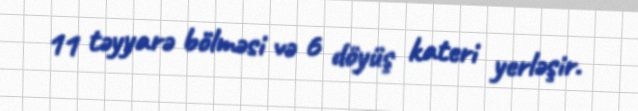
11 təyyarə bölməsi və 6 döyüş kateri yerləşir.